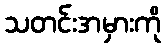
သတင်းအမှားကို